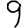
Digit: 9